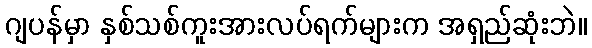
ဂျပန်မှာ နှစ်သစ်ကူးအားလပ်ရက်များက အရှည်ဆုံးဘဲ။